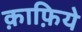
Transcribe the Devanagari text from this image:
क़ाफ़िये